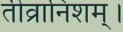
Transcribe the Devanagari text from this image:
तीव्रानिशम्।